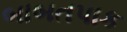
બાબતપાક